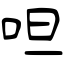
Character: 呾